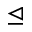
\trianglelefteq